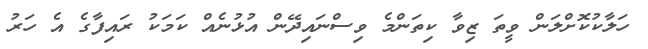
ހަލާކުކޮށްލަން ވީތަ ޒިވާ ކިތަންމެ ވިސްނައިދޭން އުޅުނެއް ކަމަކު ރައިފާގެ އެ ހަރު